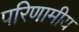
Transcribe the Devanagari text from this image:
परिणामीय